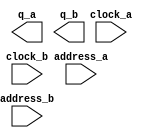
// megafunction wizard: %ROM: 2-PORT%VBB%
// GENERATION: STANDARD
// VERSION: WM1.0
// MODULE: altsyncram 

// ============================================================
// Megafunction Name(s):
// 			altsyncram
//
// Simulation Library Files(s):
// 			altera_mf
// ============================================================
// ************************************************************
// THIS IS A WIZARD-GENERATED FILE. DO NOT EDIT THIS FILE!
//
// 19.1.0 Build 670 09/22/2019 SJ Lite Edition
// ************************************************************

//Copyright (C) 2019  Intel Corporation. All rights reserved.
//Your use of Intel Corporation's design tools, logic functions 
//and other software and tools, and any partner logic 
//functions, and any output files from any of the foregoing 
//(including device programming or simulation files), and any 
//associated documentation or information are expressly subject 
//to the terms and conditions of the Intel Program License 
//Subscription Agreement, the Intel Quartus Prime License Agreement,
//the Intel FPGA IP License Agreement, or other applicable license
//agreement, including, without limitation, that your use is for
//the sole purpose of programming logic devices manufactured by
//Intel and sold by Intel or its authorized distributors.  Please
//refer to the applicable agreement for further details, at
//https://fpgasoftware.intel.com/eula.

module ROM_2PORT (
	address_a,
	address_b,
	clock_a,
	clock_b,
	q_a,
	q_b);

	input	[7:0]  address_a;
	input	[7:0]  address_b;
	input	  clock_a;
	input	  clock_b;
	output	[23:0]  q_a;
	output	[23:0]  q_b;
`ifndef ALTERA_RESERVED_QIS
// synopsys translate_off
`endif
	tri1	  clock_a;
`ifndef ALTERA_RESERVED_QIS
// synopsys translate_on
`endif

endmodule

// ============================================================
// CNX file retrieval info
// ============================================================
// Retrieval info: PRIVATE: ADDRESSSTALL_A NUMERIC "0"
// Retrieval info: PRIVATE: ADDRESSSTALL_B NUMERIC "0"
// Retrieval info: PRIVATE: BYTEENA_ACLR_A NUMERIC "0"
// Retrieval info: PRIVATE: BYTEENA_ACLR_B NUMERIC "0"
// Retrieval info: PRIVATE: BYTE_ENABLE_A NUMERIC "0"
// Retrieval info: PRIVATE: BYTE_ENABLE_B NUMERIC "0"
// Retrieval info: PRIVATE: BYTE_SIZE NUMERIC "1"
// Retrieval info: PRIVATE: BlankMemory NUMERIC "0"
// Retrieval info: PRIVATE: CLOCK_ENABLE_INPUT_A NUMERIC "0"
// Retrieval info: PRIVATE: CLOCK_ENABLE_INPUT_B NUMERIC "0"
// Retrieval info: PRIVATE: CLOCK_ENABLE_OUTPUT_A NUMERIC "0"
// Retrieval info: PRIVATE: CLOCK_ENABLE_OUTPUT_B NUMERIC "0"
// Retrieval info: PRIVATE: CLRdata NUMERIC "0"
// Retrieval info: PRIVATE: CLRq NUMERIC "0"
// Retrieval info: PRIVATE: CLRrdaddress NUMERIC "0"
// Retrieval info: PRIVATE: CLRrren NUMERIC "0"
// Retrieval info: PRIVATE: CLRwraddress NUMERIC "0"
// Retrieval info: PRIVATE: CLRwren NUMERIC "0"
// Retrieval info: PRIVATE: Clock NUMERIC "5"
// Retrieval info: PRIVATE: Clock_A NUMERIC "0"
// Retrieval info: PRIVATE: Clock_B NUMERIC "0"
// Retrieval info: PRIVATE: IMPLEMENT_IN_LES NUMERIC "0"
// Retrieval info: PRIVATE: INDATA_ACLR_B NUMERIC "0"
// Retrieval info: PRIVATE: INDATA_REG_B NUMERIC "1"
// Retrieval info: PRIVATE: INIT_FILE_LAYOUT STRING "PORT_A"
// Retrieval info: PRIVATE: INIT_TO_SIM_X NUMERIC "0"
// Retrieval info: PRIVATE: INTENDED_DEVICE_FAMILY STRING "Cyclone IV E"
// Retrieval info: PRIVATE: JTAG_ENABLED NUMERIC "0"
// Retrieval info: PRIVATE: JTAG_ID STRING "NONE"
// Retrieval info: PRIVATE: MAXIMUM_DEPTH NUMERIC "0"
// Retrieval info: PRIVATE: MEMSIZE NUMERIC "6144"
// Retrieval info: PRIVATE: MEM_IN_BITS NUMERIC "0"
// Retrieval info: PRIVATE: MIFfilename STRING "../ROM_2PORT.hex"
// Retrieval info: PRIVATE: OPERATION_MODE NUMERIC "3"
// Retrieval info: PRIVATE: OUTDATA_ACLR_B NUMERIC "0"
// Retrieval info: PRIVATE: OUTDATA_REG_B NUMERIC "0"
// Retrieval info: PRIVATE: RAM_BLOCK_TYPE NUMERIC "0"
// Retrieval info: PRIVATE: READ_DURING_WRITE_MODE_MIXED_PORTS NUMERIC "2"
// Retrieval info: PRIVATE: REGdata NUMERIC "1"
// Retrieval info: PRIVATE: REGq NUMERIC "0"
// Retrieval info: PRIVATE: REGrdaddress NUMERIC "0"
// Retrieval info: PRIVATE: REGrren NUMERIC "0"
// Retrieval info: PRIVATE: REGwraddress NUMERIC "1"
// Retrieval info: PRIVATE: REGwren NUMERIC "1"
// Retrieval info: PRIVATE: SYNTH_WRAPPER_GEN_POSTFIX STRING "0"
// Retrieval info: PRIVATE: USE_DIFF_CLKEN NUMERIC "0"
// Retrieval info: PRIVATE: UseDPRAM NUMERIC "1"
// Retrieval info: PRIVATE: VarWidth NUMERIC "0"
// Retrieval info: PRIVATE: WIDTH_READ_A NUMERIC "24"
// Retrieval info: PRIVATE: WIDTH_READ_B NUMERIC "24"
// Retrieval info: PRIVATE: WIDTH_WRITE_A NUMERIC "24"
// Retrieval info: PRIVATE: WIDTH_WRITE_B NUMERIC "24"
// Retrieval info: PRIVATE: WRADDR_ACLR_B NUMERIC "0"
// Retrieval info: PRIVATE: WRADDR_REG_B NUMERIC "1"
// Retrieval info: PRIVATE: WRCTRL_ACLR_B NUMERIC "0"
// Retrieval info: PRIVATE: enable NUMERIC "0"
// Retrieval info: PRIVATE: rden NUMERIC "0"
// Retrieval info: LIBRARY: altera_mf altera_mf.altera_mf_components.all
// Retrieval info: CONSTANT: ADDRESS_REG_B STRING "CLOCK1"
// Retrieval info: CONSTANT: CLOCK_ENABLE_INPUT_A STRING "BYPASS"
// Retrieval info: CONSTANT: CLOCK_ENABLE_INPUT_B STRING "BYPASS"
// Retrieval info: CONSTANT: CLOCK_ENABLE_OUTPUT_A STRING "BYPASS"
// Retrieval info: CONSTANT: CLOCK_ENABLE_OUTPUT_B STRING "BYPASS"
// Retrieval info: CONSTANT: INDATA_REG_B STRING "CLOCK1"
// Retrieval info: CONSTANT: INIT_FILE STRING "../ROM_2PORT.hex"
// Retrieval info: CONSTANT: INTENDED_DEVICE_FAMILY STRING "Cyclone IV E"
// Retrieval info: CONSTANT: LPM_TYPE STRING "altsyncram"
// Retrieval info: CONSTANT: NUMWORDS_A NUMERIC "256"
// Retrieval info: CONSTANT: NUMWORDS_B NUMERIC "256"
// Retrieval info: CONSTANT: OPERATION_MODE STRING "BIDIR_DUAL_PORT"
// Retrieval info: CONSTANT: OUTDATA_ACLR_A STRING "NONE"
// Retrieval info: CONSTANT: OUTDATA_ACLR_B STRING "NONE"
// Retrieval info: CONSTANT: OUTDATA_REG_A STRING "UNREGISTERED"
// Retrieval info: CONSTANT: OUTDATA_REG_B STRING "UNREGISTERED"
// Retrieval info: CONSTANT: POWER_UP_UNINITIALIZED STRING "FALSE"
// Retrieval info: CONSTANT: WIDTHAD_A NUMERIC "8"
// Retrieval info: CONSTANT: WIDTHAD_B NUMERIC "8"
// Retrieval info: CONSTANT: WIDTH_A NUMERIC "24"
// Retrieval info: CONSTANT: WIDTH_B NUMERIC "24"
// Retrieval info: CONSTANT: WIDTH_BYTEENA_A NUMERIC "1"
// Retrieval info: CONSTANT: WIDTH_BYTEENA_B NUMERIC "1"
// Retrieval info: CONSTANT: WRCONTROL_WRADDRESS_REG_B STRING "CLOCK1"
// Retrieval info: USED_PORT: address_a 0 0 8 0 INPUT NODEFVAL "address_a[7..0]"
// Retrieval info: USED_PORT: address_b 0 0 8 0 INPUT NODEFVAL "address_b[7..0]"
// Retrieval info: USED_PORT: clock_a 0 0 0 0 INPUT VCC "clock_a"
// Retrieval info: USED_PORT: clock_b 0 0 0 0 INPUT NODEFVAL "clock_b"
// Retrieval info: USED_PORT: q_a 0 0 24 0 OUTPUT NODEFVAL "q_a[23..0]"
// Retrieval info: USED_PORT: q_b 0 0 24 0 OUTPUT NODEFVAL "q_b[23..0]"
// Retrieval info: CONNECT: @address_a 0 0 8 0 address_a 0 0 8 0
// Retrieval info: CONNECT: @address_b 0 0 8 0 address_b 0 0 8 0
// Retrieval info: CONNECT: @clock0 0 0 0 0 clock_a 0 0 0 0
// Retrieval info: CONNECT: @clock1 0 0 0 0 clock_b 0 0 0 0
// Retrieval info: CONNECT: @data_a 0 0 24 0 GND 0 0 24 0
// Retrieval info: CONNECT: @data_b 0 0 24 0 GND 0 0 24 0
// Retrieval info: CONNECT: @wren_a 0 0 0 0 GND 0 0 0 0
// Retrieval info: CONNECT: @wren_b 0 0 0 0 GND 0 0 0 0
// Retrieval info: CONNECT: q_a 0 0 24 0 @q_a 0 0 24 0
// Retrieval info: CONNECT: q_b 0 0 24 0 @q_b 0 0 24 0
// Retrieval info: GEN_FILE: TYPE_NORMAL ROM_2PORT.v TRUE
// Retrieval info: GEN_FILE: TYPE_NORMAL ROM_2PORT.inc FALSE
// Retrieval info: GEN_FILE: TYPE_NORMAL ROM_2PORT.cmp FALSE
// Retrieval info: GEN_FILE: TYPE_NORMAL ROM_2PORT.bsf FALSE
// Retrieval info: GEN_FILE: TYPE_NORMAL ROM_2PORT_inst.v TRUE
// Retrieval info: GEN_FILE: TYPE_NORMAL ROM_2PORT_bb.v TRUE
// Retrieval info: LIB_FILE: altera_mf